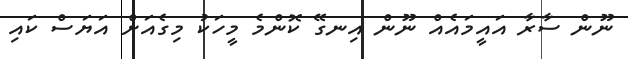
ނޫން ސާރާ އައީމައެއް ނޫން އިނގޭ ކޮންމެ މީހަކު މިގެއަށް އަޔަސް ކައި